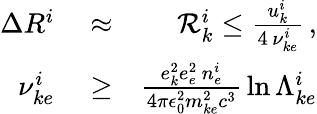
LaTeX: \begin{array}{rlr}{\Delta R^{i}}&{{}\approx}&{{\cal R}_{k}^{i}\le\frac{u_{k}^{i}}{4\, \nu_{ke}^{i}}\, ,}\\ {\nu_{ke}^{i}}&{{}\ge}&{\frac{e_{k}^{2}e_{e}^{2}\, n_{e}^{i}}{4\pi\epsilon_{0}^{2}m_{ke}^{2}c^{3}}\, \ln\Lambda_{ke}^{i}}\end{array}